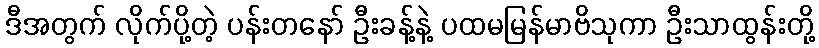
ဒီအတွက် လိုက်ပို့တဲ့ ပန်းတနော် ဦးခန့်နဲ့ ပထမမြန်မာဗိသုကာ ဦးသာထွန်းတို့